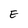
Character: E